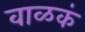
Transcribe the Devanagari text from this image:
वाळकं